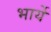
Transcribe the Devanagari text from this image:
भार्ये